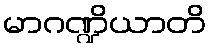
မာဂဏ္ဍိယာတိ